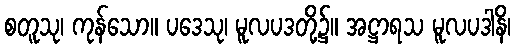
စတူသု၊ ကုန်သော။ ပဒေသု၊ မူလပဒတို့၌။ အဋ္ဌာရသ မူလပဒါနိ၊